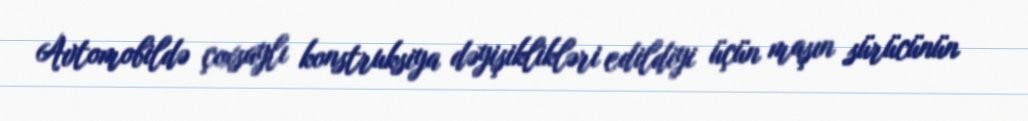
Avtomobildə çoxsaylı konstruksiya dəyişiklikləri edildiyi üçün maşın sürücünün